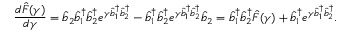
\frac { d \hat { F } ( \gamma ) } { d \gamma } = \hat { b } _ { 2 } \hat { b } _ { 1 } ^ { \dagger } \hat { b } _ { 2 } ^ { \dagger } e ^ { \gamma \hat { b } _ { 1 } ^ { \dagger } \hat { b } _ { 2 } ^ { \dagger } } - \hat { b } _ { 1 } ^ { \dagger } \hat { b } _ { 2 } ^ { \dagger } e ^ { \gamma \hat { b } _ { 1 } ^ { \dagger } \hat { b } _ { 2 } ^ { \dagger } } \hat { b } _ { 2 } = \hat { b } _ { 1 } ^ { \dagger } \hat { b } _ { 2 } ^ { \dagger } \hat { F } ( \gamma ) + \hat { b } _ { 1 } ^ { \dagger } e ^ { \gamma \hat { b } _ { 1 } ^ { \dagger } \hat { b } _ { 2 } ^ { \dagger } } .